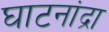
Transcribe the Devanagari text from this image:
घाटनांद्रा